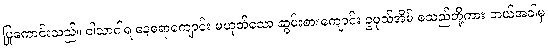
ပြုကောင်းသည်။ ဝါသာဂါရ နေစရာကျောင်း မဟုတ်သော ဆွမ်းစားကျောင်း ဥပုသ်အိမ် စသည်တို့ကား ဘယ်အခါမှ